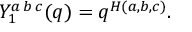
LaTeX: Y _ { 1 } ^ { a \, b \, c } ( q ) = q ^ { H ( a , b , c ) } .